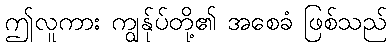
ဤလူကား ကျွန်ုပ်တို့၏ အစေခံ ဖြစ်သည်